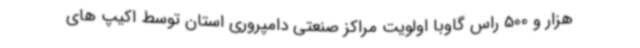
هزار و 500 راس گاوبا اولویت مراکز صنعتی دامپروری استان توسط اکیپ های